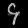
Digit: ၄